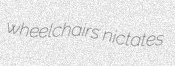
wheelchairs nictates